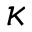
\kappa